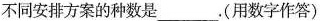
不同安排方案的种数是___.(用数字作答)